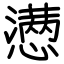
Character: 懑